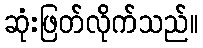
ဆုံးဖြတ်လိုက်သည်။